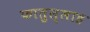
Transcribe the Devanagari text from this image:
फातुल्लाह